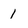
Character: 1